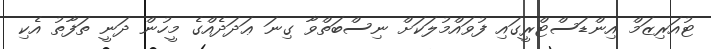
ޓުއަރިޒަމް އިންޑަސްޓްރީގައި ފުވައްމުލަކަަށް ނިސްބަތްވާ ގިނަ ޢަދަދެއްގެ މީހުން ދަނީ ތަފާތު އެކި